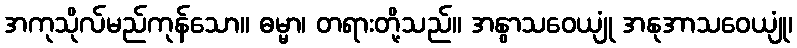
အကုသိုလ်မည်ကုန်သော။ ဓမ္မာ၊ တရားတို့သည်။ အနွာသဝေယျုံ အနုအာသဝေယျုံ၊